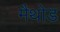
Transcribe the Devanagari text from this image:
मैथोड